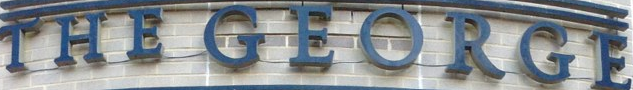
THE GEORGE